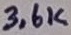
Text: 3,6K